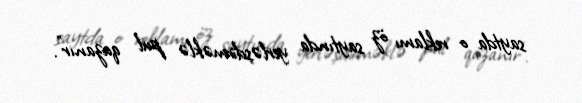
saytda o reklamı öz saytında yerləşdirməklə pul qazanır”.